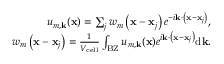
\begin{array} { r } { u _ { m , \mathbf { k } } ( \mathbf { x } ) = \sum _ { j } w _ { m } \left( \mathbf { x } - \mathbf { x } _ { j } \right) e ^ { - i \mathbf { k } \cdot \left( \mathbf { x } - \mathbf { x } _ { j } \right) } , } \\ { w _ { m } \left( \mathbf { x } - \mathbf { x } _ { j } \right) = \frac { 1 } { V _ { \mathrm { c e l l } } } \int _ { \mathrm { B Z } } u _ { m , \mathbf { k } } ( \mathbf { x } ) e ^ { i \mathbf { k } \cdot \left( \mathbf { x } - \mathbf { x } _ { j } \right) } \mathrm { d } \mathbf { k } . } \end{array}